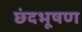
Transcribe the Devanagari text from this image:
छंदभूषण